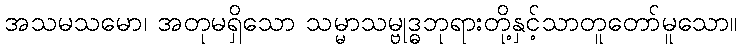
အသမသမော၊ အတုမရှိသော သမ္မာသမ္ဗုဒ္ဓဘုရားတို့နှင့်သာတူတော်မူသော။